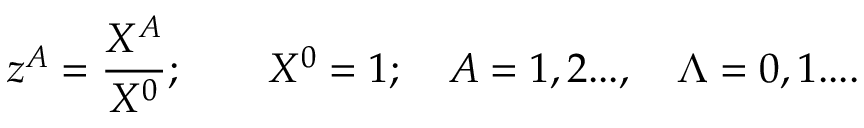
z ^ { A } = { \frac { X ^ { A } } { X ^ { 0 } } } ; \qquad X ^ { 0 } = 1 ; \quad A = 1 , 2 . . . , \quad \Lambda = 0 , 1 . . . .